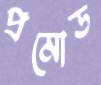
প্রমোড